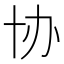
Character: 协